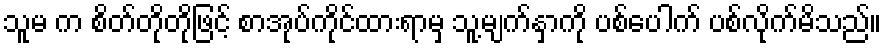
သူမ က စိတ်တိုတိုဖြင့် စာအုပ်ကိုင်ထားရာမှ သူ့မျက်နှာကို ပစ်ပေါက် ပစ်လိုက်မိသည်။